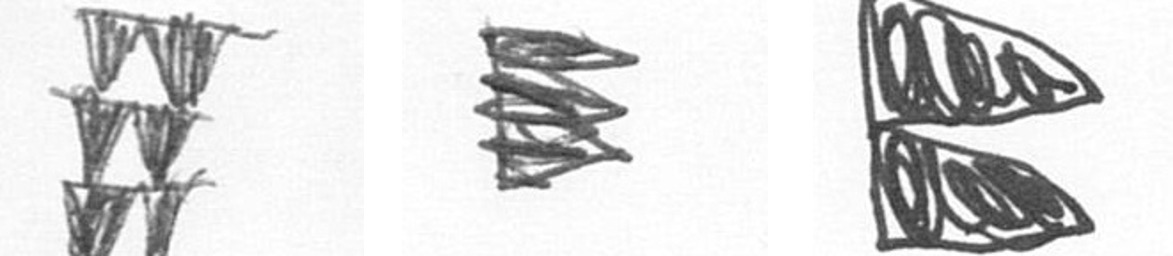
Y H P